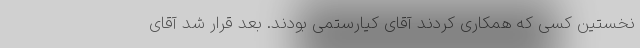
نخستین کسی که همکاری کردند آقای کیارستمی بودند. بعد قرار شد آقای